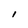
Character: l